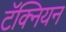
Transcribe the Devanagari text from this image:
टॅक्नियन